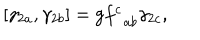
\left[ \gamma _ { 2 a } , \gamma _ { 2 b } \right] = \mathrm { g } f _ { \; \; a b } ^ { c } \gamma _ { 2 c } ,